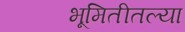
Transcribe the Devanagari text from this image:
भूमितीतल्या